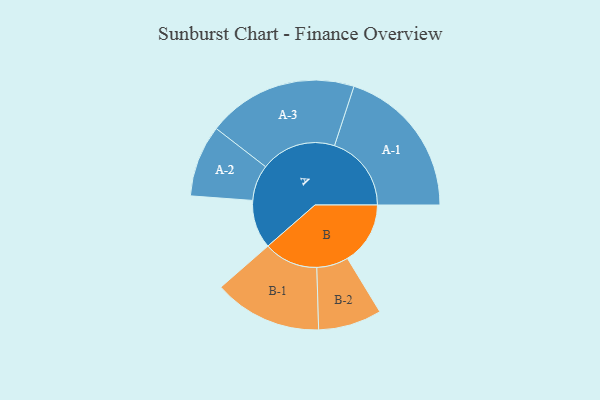
{"axis": {"x": "Segment", "y": "Value"}, "legend": ["", "A", "B"], "data": [{"x": "A", "y": 162, "type": ""}, {"x": "B", "y": 210, "type": ""}, {"x": "A-1", "y": 257, "type": "A"}, {"x": "A-2", "y": 120, "type": "A"}, {"x": "A-3", "y": 252, "type": "A"}, {"x": "B-1", "y": 181, "type": "B"}, {"x": "B-2", "y": 106, "type": "B"}]}